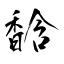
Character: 馠